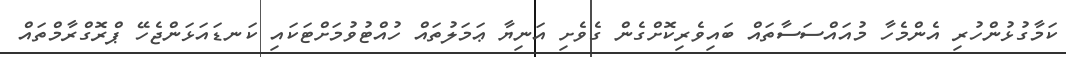
ކަމާގުޅުންހުރި އެންމެހާ މުއައްސަސާތައް ބައިވެރިކޮށްގެން ގެވެށި އަނިޔާ ޢަމަލުތައް ހުއްޓުވުމަށްޓަކައި ކަނޑައަޅަންޖެހޭ ޕްރޮގްރާމްތައް